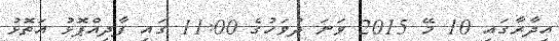
އިދާރާގައި 10 މޭ 2015 ވަނަ ދުވަހުގެ 11:00 ގައި ފާދިއްޕޮޅު އަތޮޅު